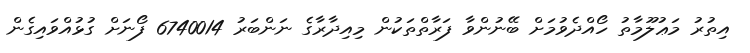
އިތުރު މަޢުލޫމާތު ހޯއްދެވުމަށް ބޭނުންވާ ފަރާތްތަކުން މިއިދާރާގެ ނަންބަރު 6740014 ފޯނަށް ގުޅުއްވައިގެން